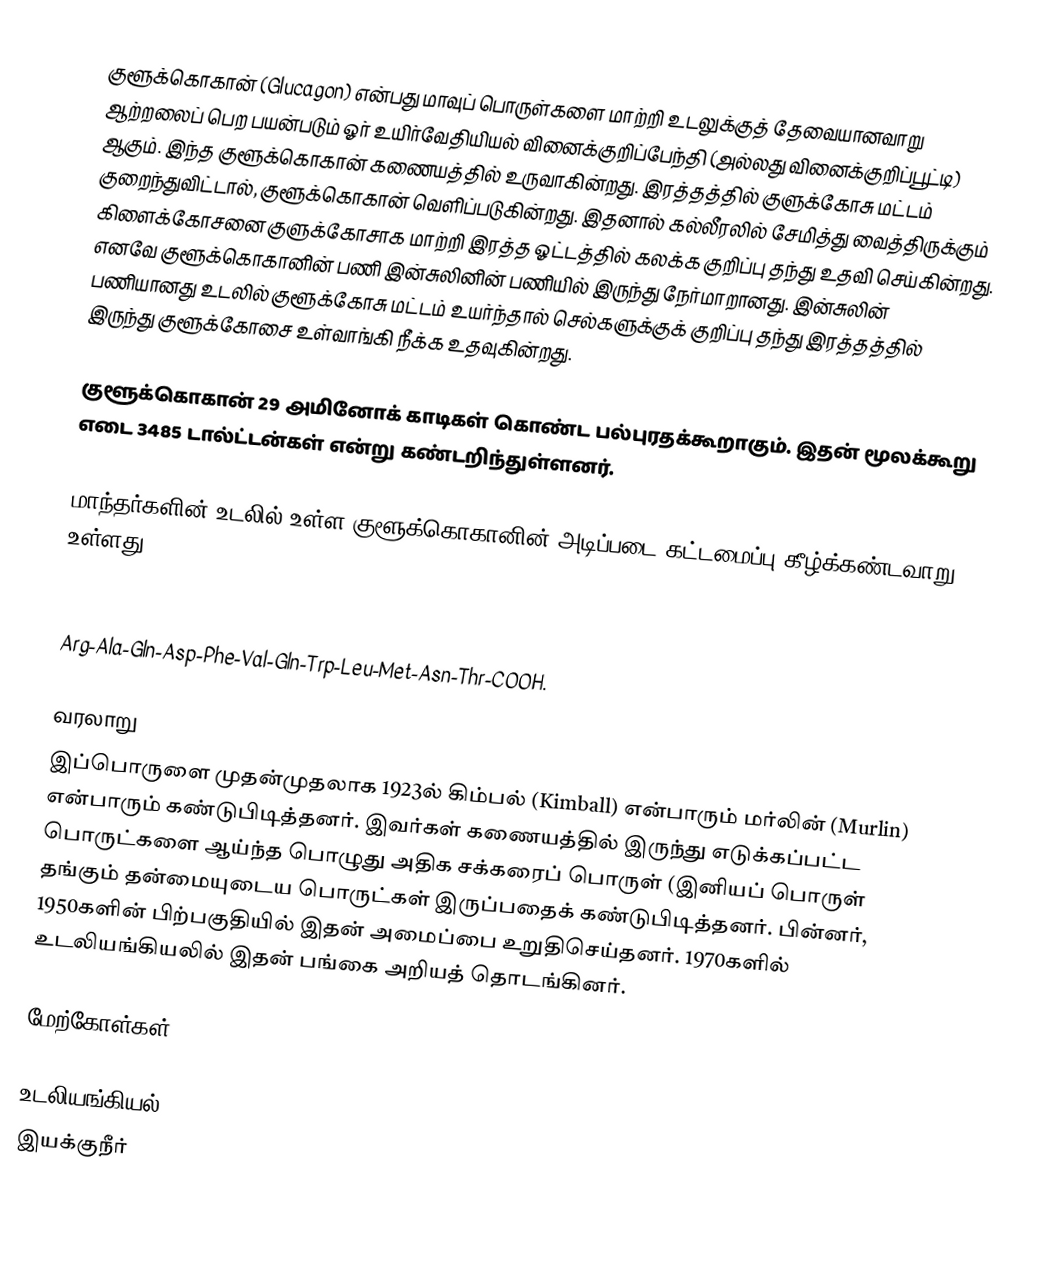
குளூக்கொகான் (Glucagon) என்பது மாவுப் பொருள்களை மாற்றி உடலுக்குத் தேவையானவாறு ஆற்றலைப் பெற பயன்படும் ஓர் உயிர்வேதியியல் வினைக்குறிப்பேந்தி (அல்லது வினைக்குறிப்பூட்டி) ஆகும். இந்த குளூக்கொகான் கணையத்தில் உருவாகின்றது. இரத்தத்தில் குளுக்கோசு மட்டம் குறைந்துவிட்டால், குளூக்கொகான் வெளிப்படுகின்றது. இதனால் கல்லீரலில் சேமித்து வைத்திருக்கும் கிளைக்கோசனை குளுக்கோசாக மாற்றி இரத்த ஓட்டத்தில் கலக்க குறிப்பு தந்து உதவி செய்கின்றது. எனவே குளூக்கொகானின் பணி இன்சுலினின் பணியில் இருந்து நேர்மாறானது. இன்சுலின் பணியானது உடலில் குளூக்கோசு மட்டம் உயர்ந்தால் செல்களுக்குக் குறிப்பு தந்து இரத்தத்தில் இருந்து குளூக்கோசை உள்வாங்கி நீக்க உதவுகின்றது.

குளூக்கொகான் 29 அமினோக் காடிகள் கொண்ட பல்புரதக்கூறாகும். இதன் மூலக்கூறு எடை 3485 டால்ட்டன்கள் என்று கண்டறிந்துள்ளனர்.

மாந்தர்களின் உடலில் உள்ள குளூக்கொகானின் அடிப்படை கட்டமைப்பு கீழ்க்கண்டவாறு உள்ளது:

NH2-His-Ser-Gln-Gly-Thr-Phe-Thr-Ser-Asp-Tyr-Ser-Lys-Tyr-Leu-Asp-Ser-Arg-
Arg-Ala-Gln-Asp-Phe-Val-Gln-Trp-Leu-Met-Asn-Thr-COOH.

வரலாறு
இப்பொருளை முதன்முதலாக 1923ல் கிம்பல் (Kimball) என்பாரும் மர்லின் (Murlin) என்பாரும் கண்டுபிடித்தனர். இவர்கள் கணையத்தில் இருந்து எடுக்கப்பட்ட பொருட்களை ஆய்ந்த பொழுது அதிக சக்கரைப் பொருள் (இனியப் பொருள் தங்கும் தன்மையுடைய பொருட்கள் இருப்பதைக் கண்டுபிடித்தனர். பின்னர், 1950களின் பிற்பகுதியில் இதன் அமைப்பை உறுதிசெய்தனர். 1970களில் உடலியங்கியலில் இதன் பங்கை அறியத் தொடங்கினர்.

மேற்கோள்கள்

உடலியங்கியல்
இயக்குநீர்